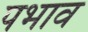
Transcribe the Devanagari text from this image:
पभाव